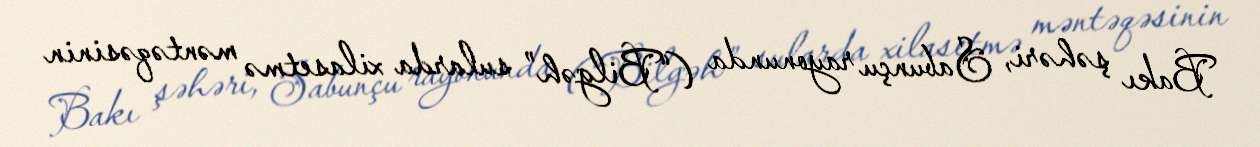
Bakı şəhəri, Sabunçu rayonunda (“Bilgəh” sularda xilasetmə məntəqəsinin